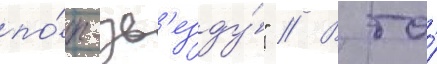
по́п-зв'езду́" // В то́